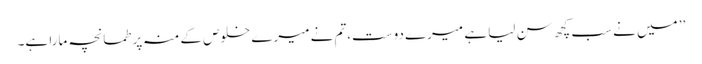
’’ میں نے سب کچھ سن لیا ہے میرے دوست،تم نے میرے خلوص کے منہ پر طمانچہ مارا ہے۔